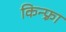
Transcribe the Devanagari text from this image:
किन्फ़्रा